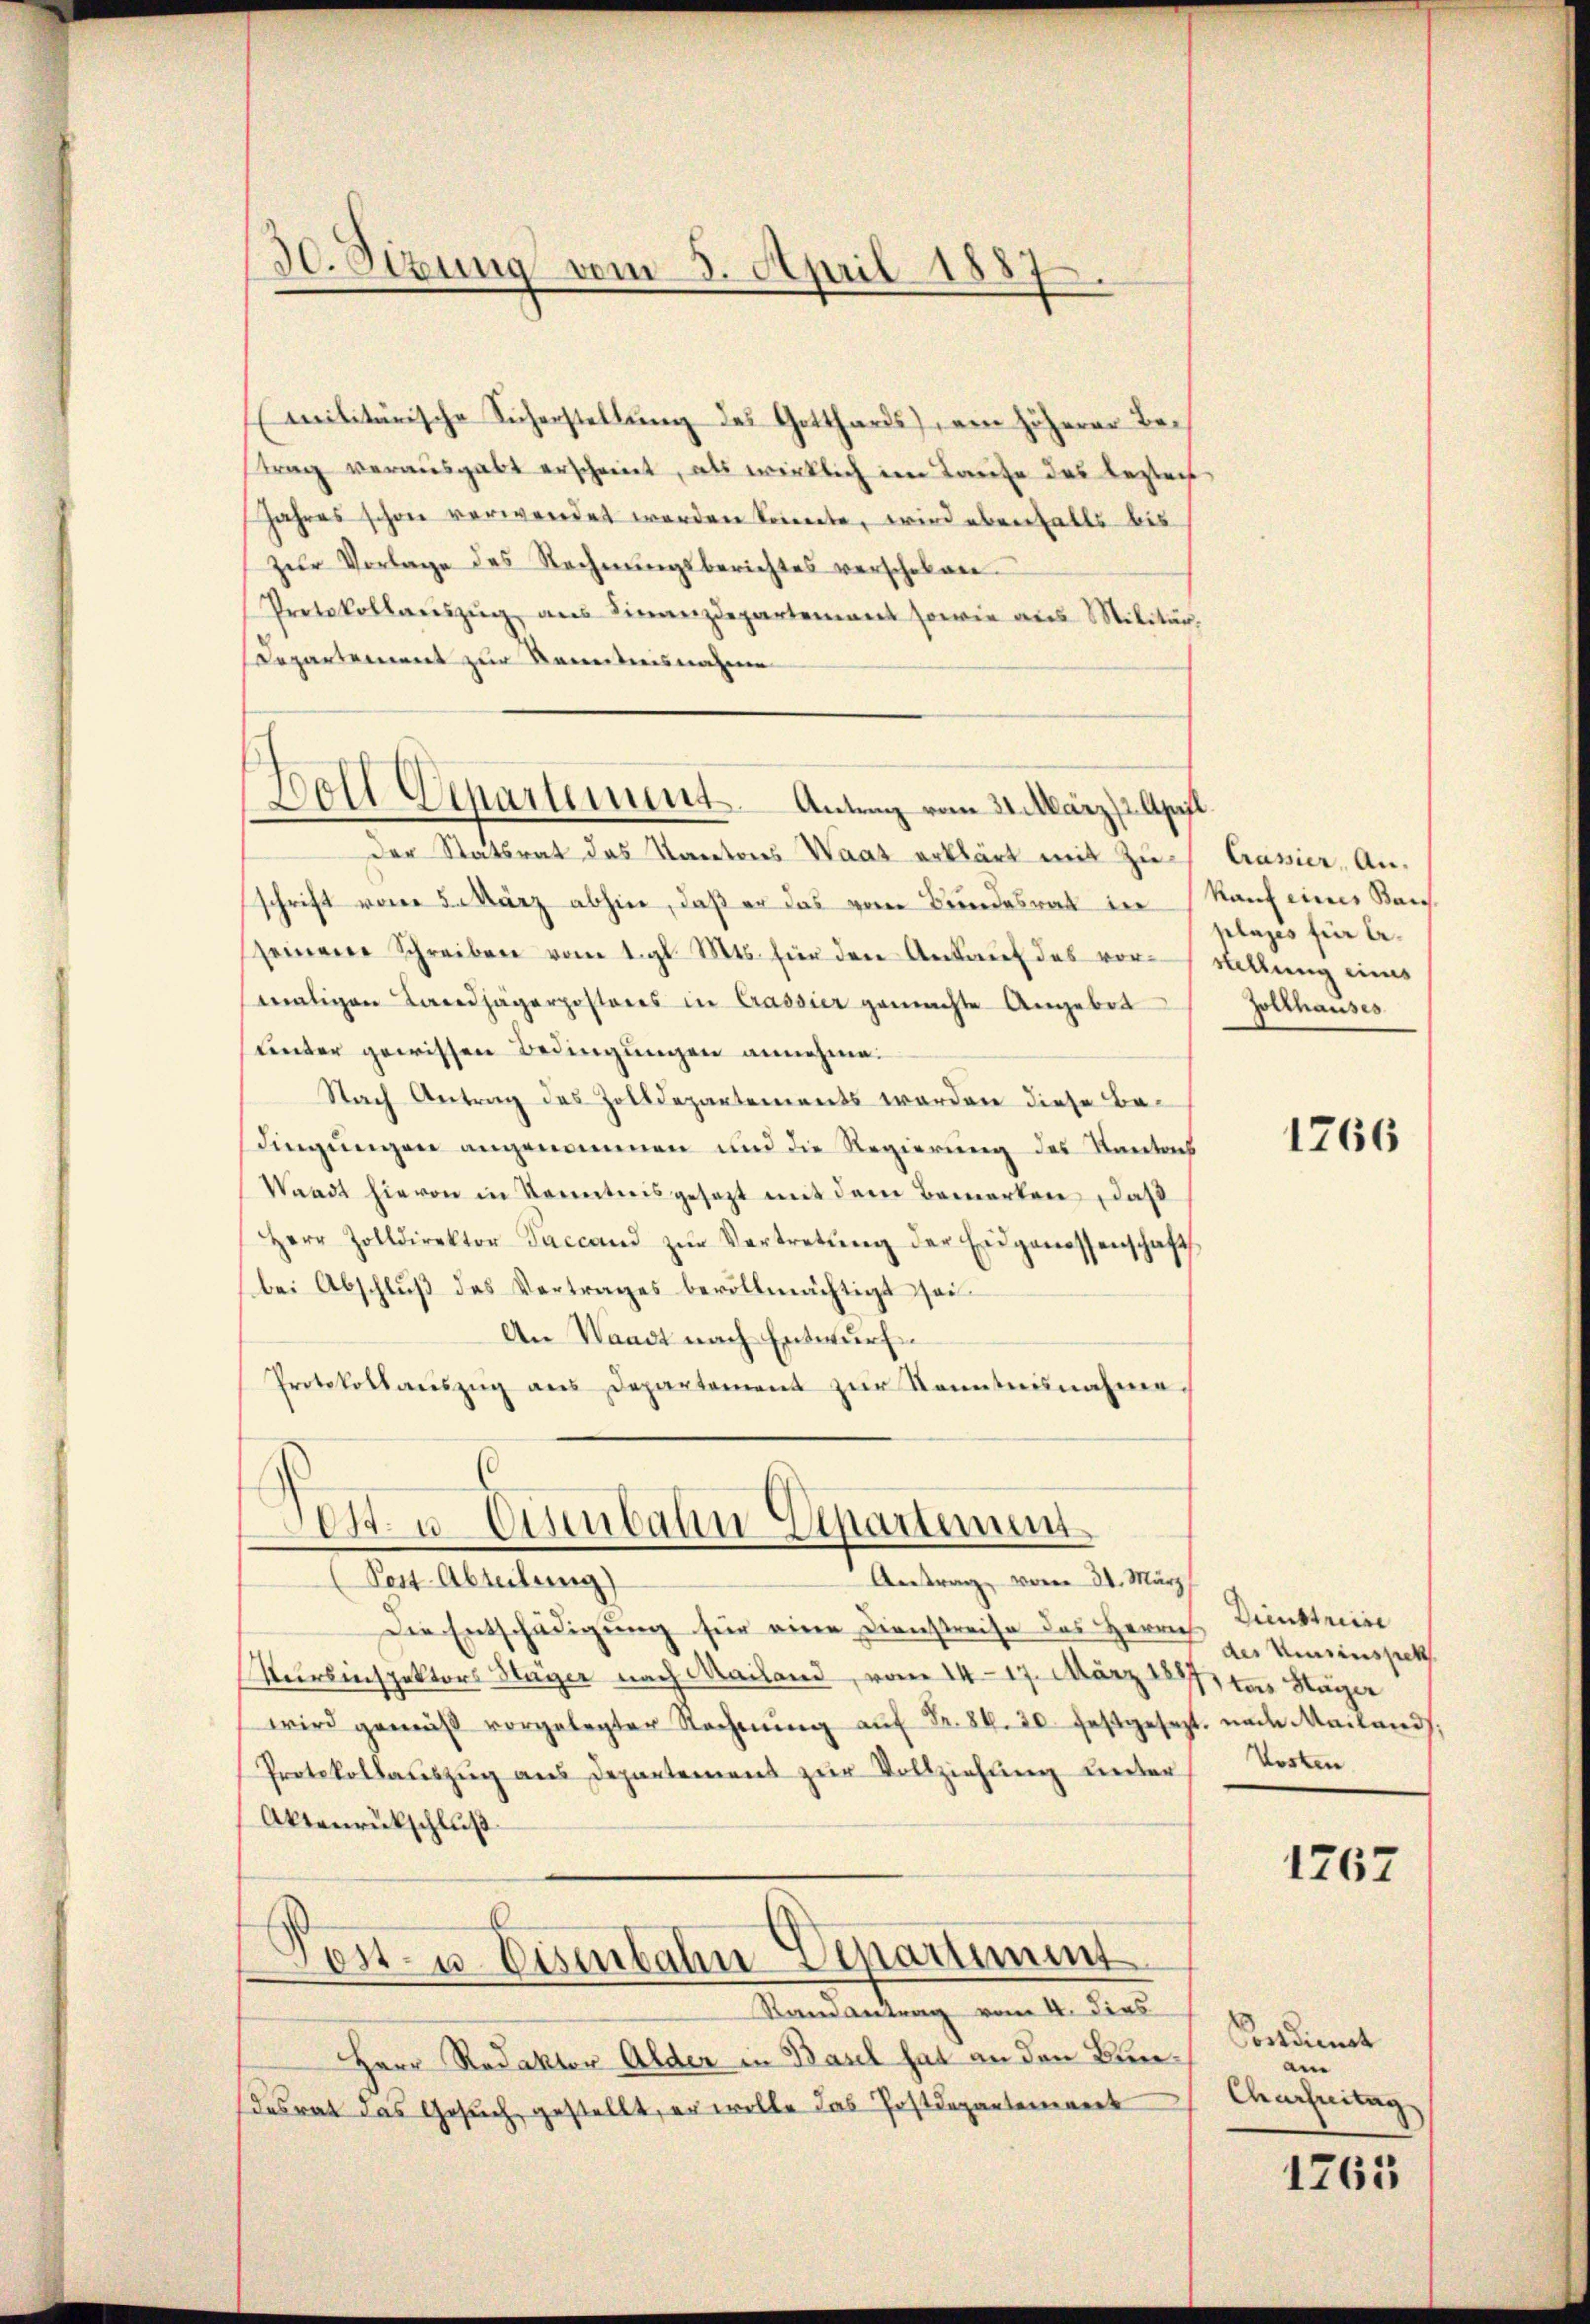
militärische Sicherstellung des Gotthards), ein höherer Betrag verausgabt erschreiet, als wirklich im Laufe des bestech
Jahres schon verwendet werden könnente, wird ebenfalls bis
zŭr Vorlage des Rechnŭngsberichtes verschoben
Protokollaŭszŭg aŭs Finanzdepartement sowie aus Militär,
Departement zur Kenntnisnahme

30. Sizung vom 3. April 1887

Doll Departement. Antrag vom 21. März (2. April.

Der Statsrat das Kantons Waat erklärt mit Zuschrift vom 5. März abhier, daß er das vom Bundesrat in Kauf eines Kanseinen Schreiben vom 1. gl. Mts. für den Ankauf des vorstellung eines
maligen Landjägerposteres in Cassier gemachte Angebot
unter gewissen Bedingungen annehme.
Nach Antrag des Zolldepartements werden diese Bedingungen angenommen und die Regierung des Kantons
Waadt hievon in Kenntnis gesetzt mit dem Bemerken, daß
Herr Zolldirektor Paccand zŭr Vertretŭng der Eidgenossenschaft
(bei Abschluß des Vertrages bevollmächtigt sei.
An Waadt nach Entwurf
Protokollaŭszŭg aŭs Departement zŭr Kenntnisnahmen.

Post- u. Eisenbahn Departement
Antrag vom 31. März
Post Abteilung)

Die Entschädigung für eine Dienstreise des Herrn Dunstein
Kursinspektors Hager nach Mailand, vom 1417. März 1897, das Stäger
wird gemäß vorgelegter Rechnŭng aŭf Fr. 84. 20. festgesezt. nach Mailand
Protokollauszug aus Departement zur Vollziehung unter
Aktenrückschluß
Post- u. Eisenbahn-Departiment
Randantrag vom 4. dies
Herr Redaktor Alder in Basel hat an den Bundesrat das Gesuch gestellt, er wolle das Postdepartement

Crassier, Anklages für be¬
Zollhauses

1766

des Hinsinspek
Kosten.

1767

Postdienst
am
Charfeitag

1765